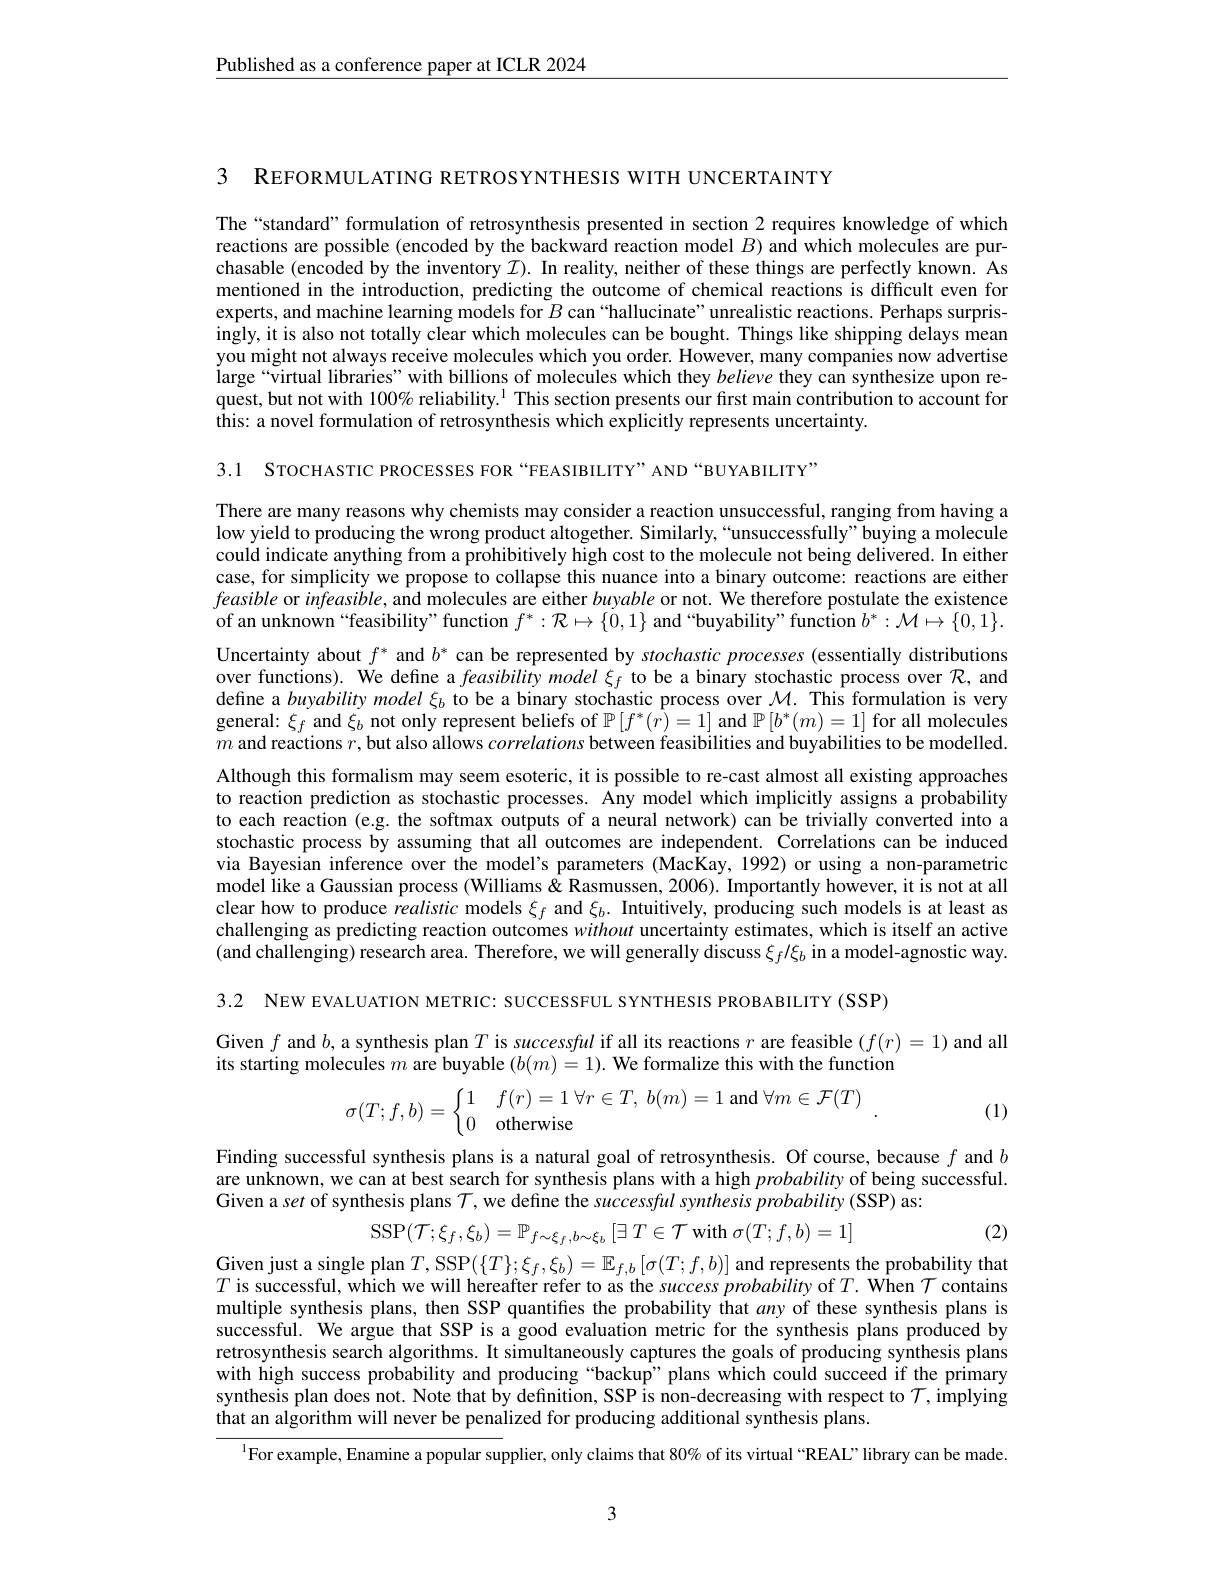
$\underline{\text{Published as a conference paper at ICLR 2024}}$

3 REFORMULATING RETROSYNTHESIS WITH UNCERTAINTY

The“standard” formulation of retrosynthesis presented in section 2 requires knowledge of which reactions are possible (encoded by the backward reaction model $B)$and which molecules are pur- chasable (encoded by the inventory $\mathcal{I}).$ In reality, neither of these things are perfectly known. As mentioned in the introduction, predicting the outcome of chemical reactions is difficult even for experts, and machine learning models for $B$ can“hallucinate”unrealistic reactions. Perhaps surprisingly, it is also not totally clear which molecules can be bought. Things like shipping delays mean you might not always receive molecules which you order. However, many companies now advertise iarge “ virtual libraries" with billions of molecules which they believe they can synthesize upon re- quest, but not with $100\%\text{ reliability.}^{1}$ This section presents our first main contribution to account for this: a novel formulation of retrosynthesis which explicitly represents uncertainty.

3.1 STOCHASTIC PROCESSES FOR“FEASIBILITY”AND“BUYABILITY”

There are many reasons why chemists may consider a reaction unsuccessful, ranging from having a low yield to producing the wrong product altogether. Similarly,“unsuccessfully”buying a molecule could indicate anything from a prohibitively high cost to the molecule not being delivered. In either case, for simplicity we propose to collapse this nuance into a binary outcome: reactions are either feasible or infeasible, and molecules are either buyable or not. We therefore postulate the existence of an unknown“feasibility”function $f^*:\mathcal{R}\mapsto\{\check{0},1\}$ and“buyability"function $b^*:\mathcal{M}\mapsto\{0,1\}.$ Uncertainty about $f^*$ and $b^*$ can be represented by stochastic processes (essentially distributions over functions). We define a feasibility model $\xi_f$ to be a binary stochastic process over $\mathcal{R}$, and define a buyability model $\xi_b$ to be a binary stochastic process over $\mathcal{M}.$ This formulation is very general: $\xi_f$ and $\xi_b$ not only represent beliefs of $\mathbb{P}[f^*(r)=1]$ and $\mathbb{P}[b^*(m)=1]$ for all molecules $m$ and reactions $r$,but also allows correlations between feasibilities and buyabilities to be modelled Although this formalism may seem esoteric, it is possible to re-cast almost all existing approaches to reaction prediction as stochastic processes. Any model which implicitly assigns a probability to each reaction (e.g. the softmax outputs of a neural network) can be trivially converted into a stochastic process by assuming that all outcomes are independent. Correlations can be induced via Bayesian inference over the model's parameters (MacKay, 1992) or using a non-parametric model like a Gaussian process (Williams& Rasmussen, 2006). Importantly however, it is not at all clear how to produce realistic models $\xi_f$ and $\xi_b.$ Intuitively, producing such models is at least as challenging as predicting reaction outcomes without uncertainty estimates, which is itself an active (and challenging) research area. Therefore, we will generally discuss $\xi_f/\xi_b$ in a model-agnostic way.

3.2 NEW EVALUATION METRIC: SUCCESSFUL SYNTHESIS PROBABILITY (SSP)

Given $f$ and $b$, a synthesis plan $T$ is successful if all its reactions $r$ are feasible $(f(r)=1)$ and all
its starting molecules $m$ are buyable $(b(m)=1).$ We formalize this with the function
$$\sigma(T;f,b)=\begin{cases}1&f(r)=1\:\forall r\in T,\:b(m)=1\:\text{and}\forall m\in\mathcal{F}(T)\\0&\text{otherwise}\end{cases}.$$
(1)

Finding successful synthesis plans is a natural goal of retrosynthesis. Of course, because $f$ and $b$ are unknown, we can at best search for synthesis plans with a high probability of being successful. Given a set of synthesis plans $\mathcal{T}$,we define the successful synthesis probability (SSP) as:
$$\mathrm{SSP}(\mathcal{T};\xi_f,\xi_b)=\mathbb{P}_{f\sim\xi_f,b\sim\xi_b}\left[\exists\:T\in\mathcal{T}\:\mathrm{with}\:\sigma(T;f,b)=1\right]$$
(2)

Given just a single plan $T$,
and represents the probability that
$$,\mathrm{SSP}(\{T\};\xi_{f},\xi_{b})=\mathbb{E}_{f,b}\left[\sigma(T;f,b)\right]:$$
$T$ is successful, which we will hereafter refer to as the success probability of $T.$ When $\mathcal{T}$ contains multiple synthesis plans, then SSP quantifes the probability that any of these synthesis plans is successful. We argue that SSP is a good evaluation metric for the synthesis plans produced by retrosynthesis search algorithms. It simultaneously captures the goals of producing synthesis plans with high success probability and producing “backup” plans which could succeed if the primary synthesis plan does not. Note that by definition, SSP is non-decreasing with respect to $\mathcal{T}$, implying that an algorithm will never be penalized for producing additional synthesis plans.

$^{\mathrm{l}}$For example, Enamine a popular supplier, only claims that 80% of its virtual “REAL” library can be made.

3